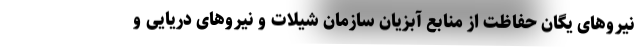
نیروهای یگان حفاظت از منابع آبزیان سازمان شیلات و نیروهای دریایی و